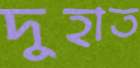
দুহাত